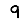
Digit: 9